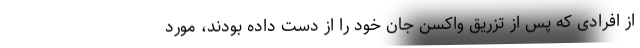
از افرادی که پس از تزریق واکسن جان خود را از دست داده بودند، مورد